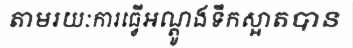
តាមរយៈការធ្វើអណ្តូងទឹកស្អាតបាន